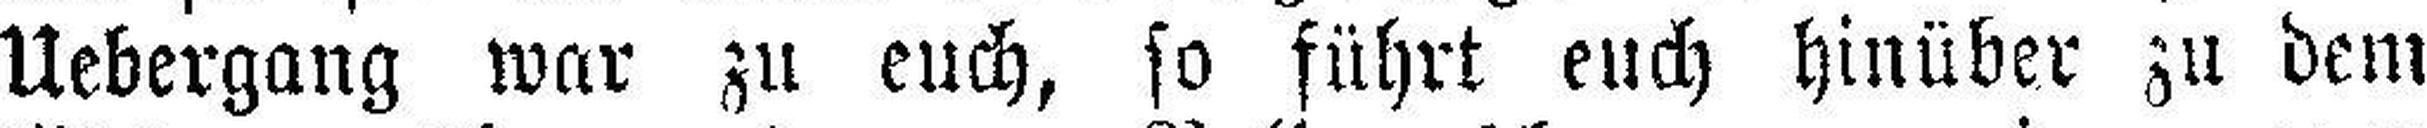
Uebergang war zu euch, so führt euch hinüber zu dem